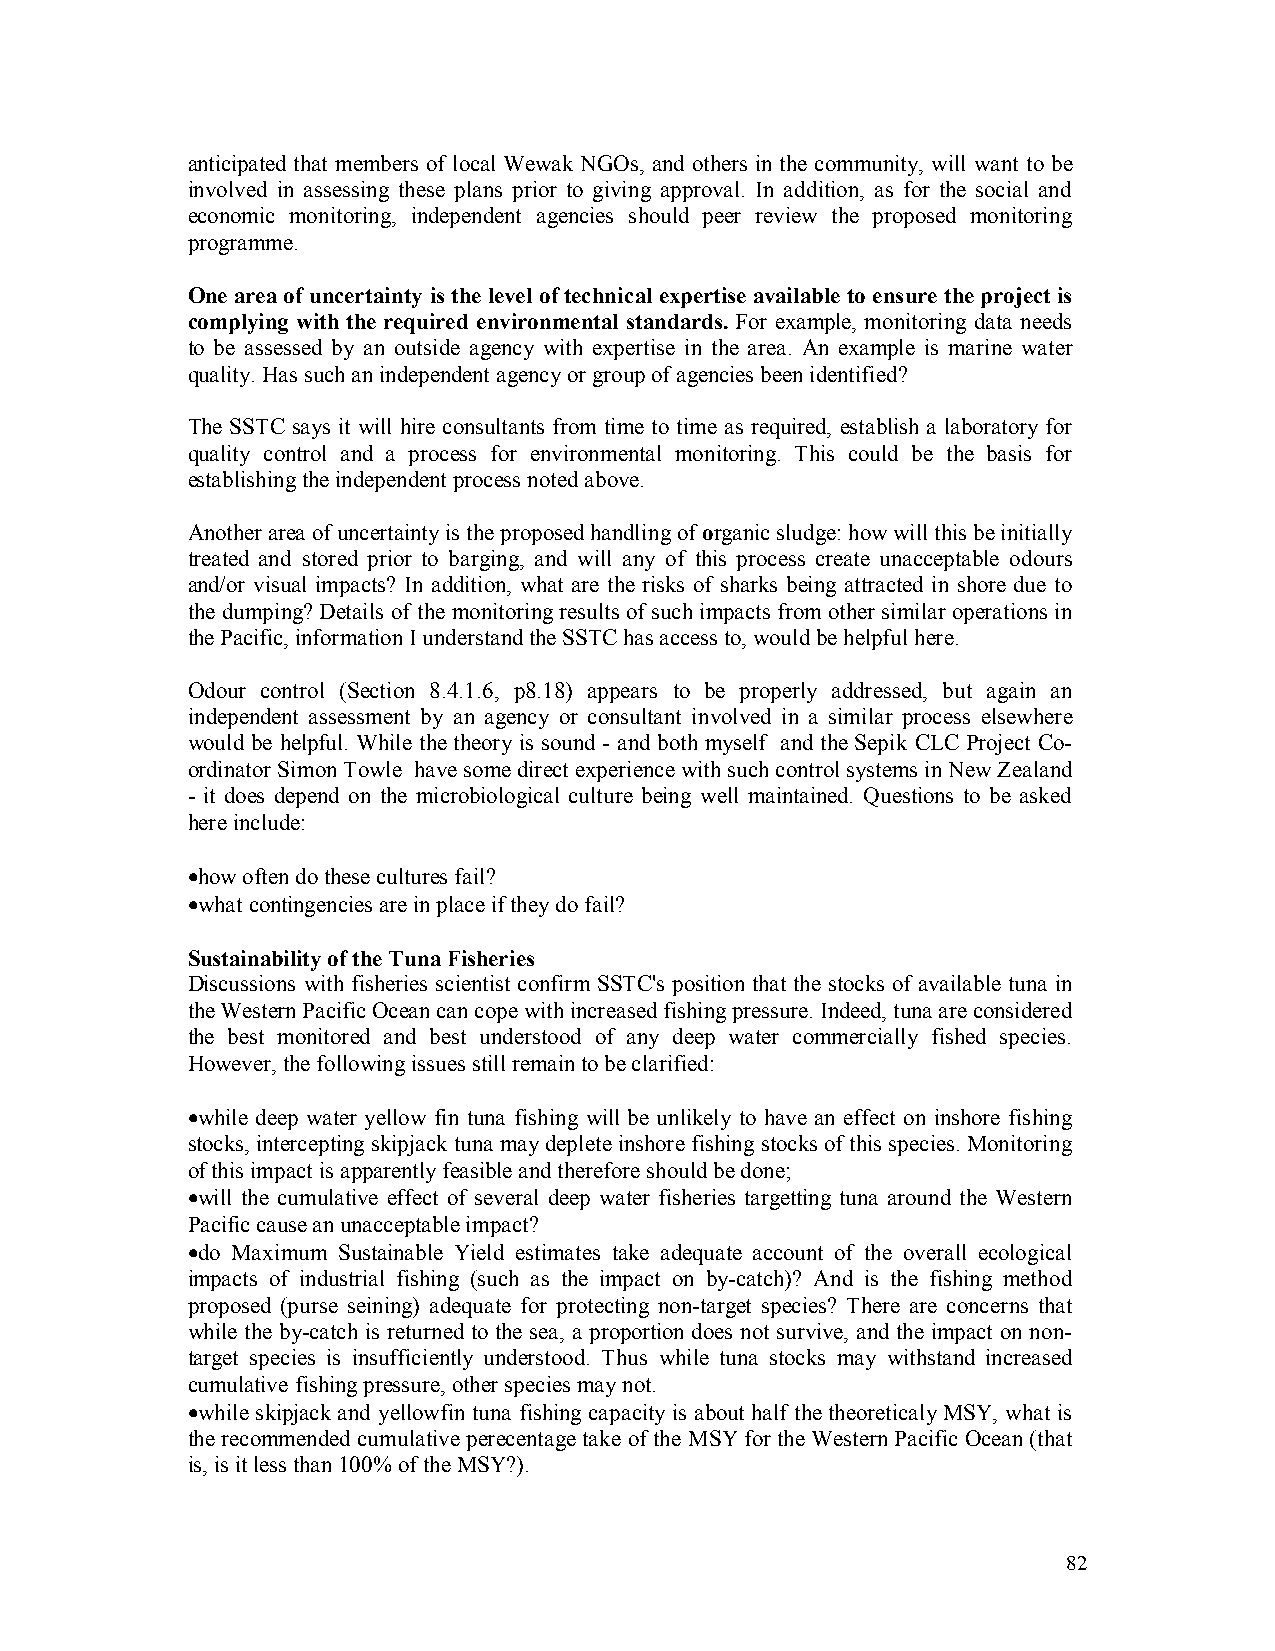
anticipated that members of local Wewak NGOs, and others in the community, will want to be
 involved in assessing these plans prior to giving approval. In addition, as for the social and
 economic monitoring, independent agencies should peer review the proposed monitoring
 programme.
 One area of uncertainty is the level of technical expertise available to ensure the project is
 complying with the required environmental standards. For example, monitoring data needs
 to be assessed by an outside agency with expertise in the area. An example is marine water
 quality. Has such an independent agency or group of agencies been identified?
 The SSTC says it will hire consultants from time to time as required, establish a laboratory for
 quality control and a process for environmental monitoring. This could be the basis for
 establishing the independent process noted above.
 Another area of uncertainty is the proposed handling of organic sludge: how will this be initially
 treated and stored prior to barging, and will any of this process create unacceptable odours
 and/or visual impacts? In addition, what are the risks of sharks being attracted in shore due to
 the dumping? Details of the monitoring results of such impacts from other similar operations in
 the Pacific, information I understand the SSTC has access to, would be helpful here.
 Odour control (Section 8.4.1.6, p8.18) appears to be properly addressed, but again an
 independent assessment by an agency or consultant involved in a similar process elsewhere
 would be helpful. While the theory is sound - and both myself and the Sepik CLC Project Co-
 ordinator Simon Towle have some direct experience with such control systems in New Zealand
 - it does depend on the microbiological culture being well maintained. Questions to be asked
 here include:
 •how often do these cultures fail?
 •what contingencies are in place if they do fail?
 Sustainability of the Tuna Fisheries
 Discussions with fisheries scientist confirm SSTC’s position that the stocks of available tuna in
 the Western Pacific Ocean can cope with increased fishing pressure. Indeed, tuna are considered
 the best monitored and best understood of any deep water commercially fished species.
 However, the following issues still remain to be clarified:
 •while deep water yellow fin tuna fishing will be unlikely to have an effect on inshore fishing
 stocks, intercepting skipjack tuna may deplete inshore fishing stocks of this species. Monitoring
 of this impact is apparently feasible and therefore should be done;
 •will the cumulative effect of several deep water fisheries targetting tuna around the Western
 Pacific cause an unacceptable impact?
 •do Maximum Sustainable Yield estimates take adequate account of the overall ecological
 impacts of industrial fishing (such as the impact on by-catch)? And is the fishing method
 proposed (purse seining) adequate for protecting non-target species? There are concerns that
 while the by-catch is returned to the sea, a proportion does not survive, and the impact on non-
 target species is insufficiently understood. Thus while tuna stocks may withstand increased
 cumulative fishing pressure, other species may not.
 •while skipjack and yellowfin tuna fishing capacity is about half the theoreticaly MSY, what is
 the recommended cumulative perecentage take of the MSY for the Western Pacific Ocean (that
 is, is it less than 100% of the MSY?).
 82